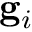
{ \bf { g } } _ { i }